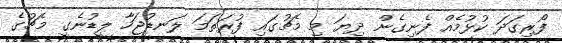
ފޯރިގަދަ ކުޅުމެއް ފެނިގެން ދިޔަ މި މެޗުގައި ފުރަތަމަ ލަނޑުޖަހާ ލީޑުނެގީ މެޗުގެ